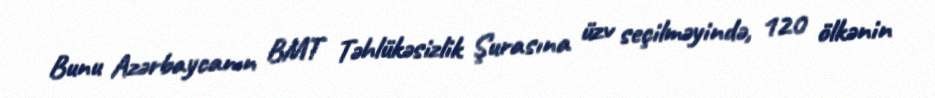
Bunu Azərbaycanın BMT Təhlükəsizlik Şurasına üzv seçilməyində, 120 ölkənin